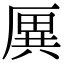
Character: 𠪙